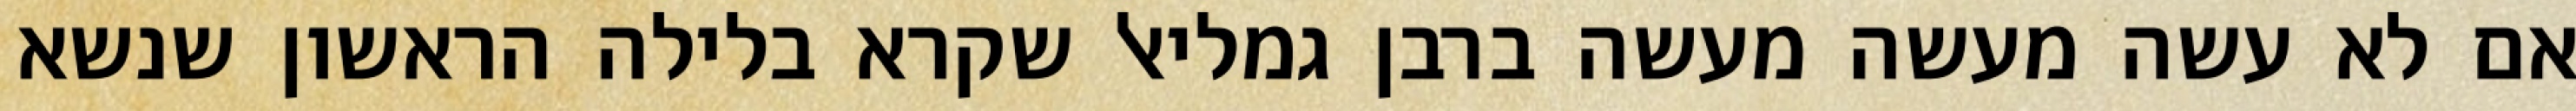
אם לא עשה מעשה מעשה ברבן גמליאל שקרא בלילה הראשון שנשא